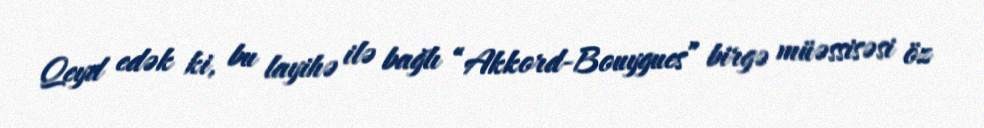
Qeyd edək ki, bu layihə ilə bağlı “Akkord-Bouygues” birgə müəssisəsi öz